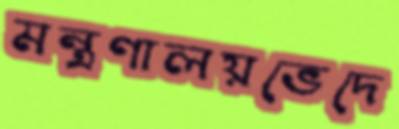
মন্ত্রণালয়ভেদে